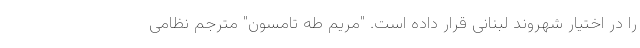
را در اختیار شهروند لبنانی قرار داده است. "مریم طه تامسون" مترجم نظامی